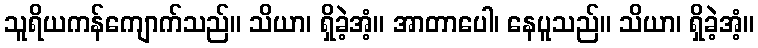
သူရိယကန်ကျောက်သည်။ သိယာ၊ ရှိခဲ့အံ့။ အာတာပေါ၊ နေပူသည်။ သိယာ၊ ရှိခဲ့အံ့။